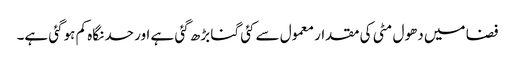
فضا میں دھول مٹی کی مقدار معمول سے کئی گنا بڑھ گئی ہے اور حد نگاہ کم ہوگئی ہے۔